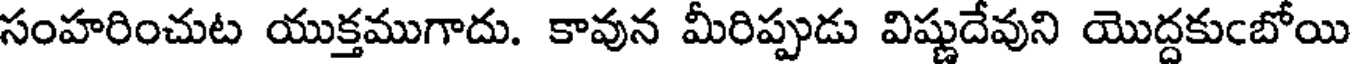
సంహరించుట యుక్తముగాదు. కావున మీరిప్పుడు విష్ణుదేవుని యొద్దకుంబోయి